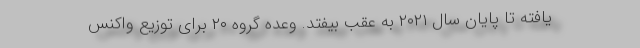
یافته تا پایان سال ۲۰۲۱ به عقب بیفتد. وعده گروه ۲۰ برای توزیع واکنس